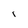
Character: I